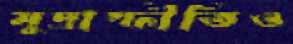
মুদ্রাস্ফীতিও